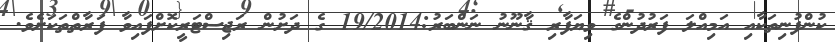
ކުންފުނިތަކާއި އަމިއްލަ ފަރުދުންގެ ވިޔަފާރި ޤާނޫނު ނަންބަރު:19/2014 ގެ ދަށުން ރަޖިސްޓަރީކޮށްފައިވާ ފަރާތްތަކަށެވެ.